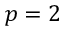
p = 2